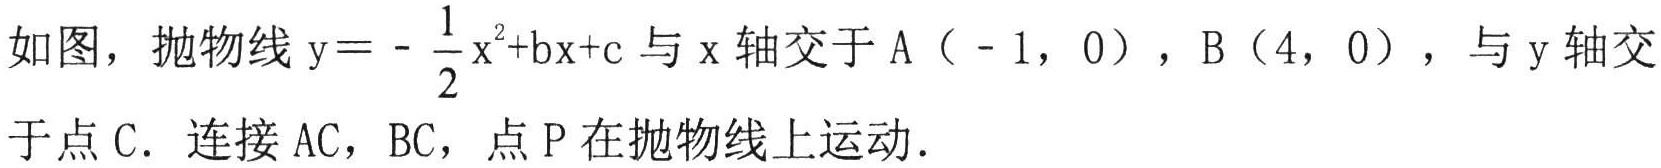
如图，抛物线$\mathrm{y}=-\frac{1}{2}\mathrm{x}^{2}+\mathrm{b}\mathrm{x}+\mathrm{c}$与$\mathrm{x}$轴交于$\mathrm{A}(-1,0)$，$\mathrm{B}(4,0)$，与$\mathrm{y}$轴交于点$\mathrm{C}$．连接$\mathrm{A}\mathrm{C}$，$\mathrm{B}\mathrm{C}$，点$\mathrm{P}$在抛物线上运动．